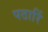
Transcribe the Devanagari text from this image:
पठारिं